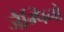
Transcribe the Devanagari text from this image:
जैम्पिनो